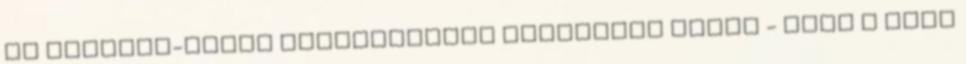
az izraeli-zsidó objektumokat szigorúan őrzik - írta a Welt